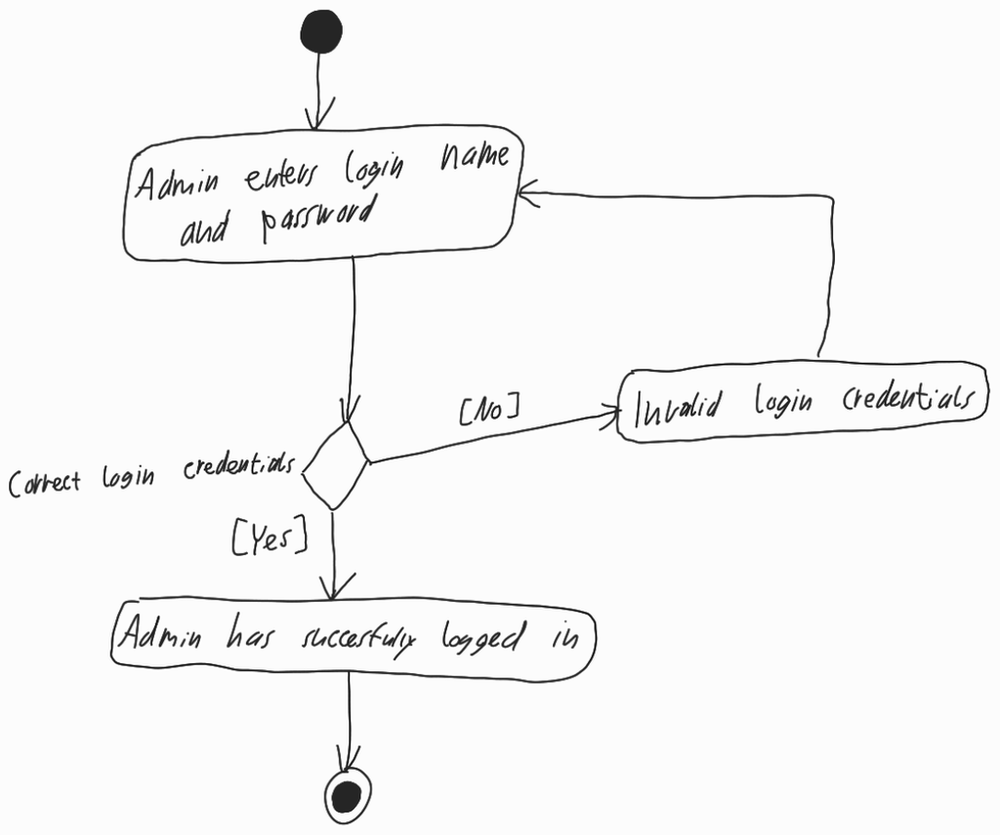
Diagram type: activity_diagram
```plantuml
@startuml

start

repeat:Admin enters login name and password;

backward:Invalid login credentials;

repeat while (Correct login credentials) is ([No]) not ([Yes])

:Admin has successfully logged in;

stop

@enduml
```